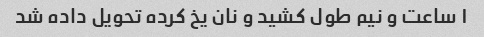
۱ ساعت و نیم طول کشید و نان یخ کرده تحویل داده شد